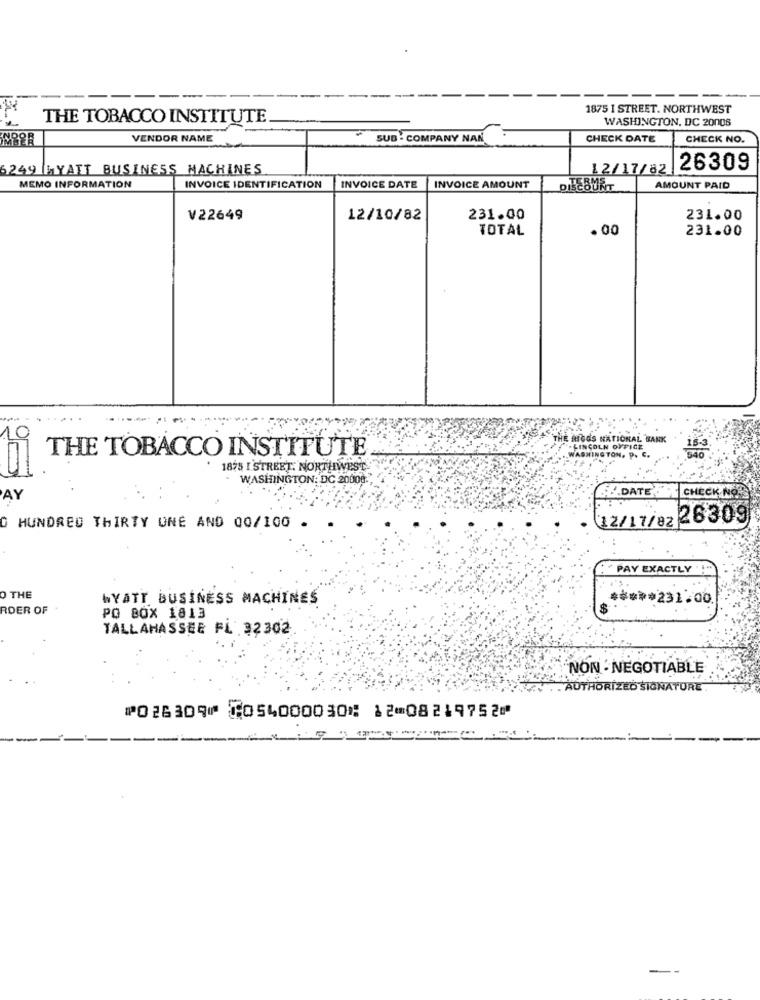
1875 I STREET. NORTHWEST
THE TOBACCO INSTITUTE
WASHINGTON, DC 20006
VENDOR NAME
SUB - COMPANY NAN
CHECK DATE
CHECK NO.
5249 WYATT BUSINESS MACHINES
12/17/82
|26309
MEMO INFORMATION
INVOICE IDENTIFICATION
INVOICE DATE
INVOICE AMOUNT
DiBEBURT
AMOUNT PAID
V22649
12/10/82
231.00
231.00
TOTAL
.00
231.00
NATIC
IN OFFICE
THE TOBACCO INSTITUTE
1875 I STREET. NORTHWEST
WASHINGTON: DC 20009.
AY
6.DATE CHECK NOR
12/17/82 26309
O HUNDRED THIRTY UNE AND 00/100
"PAY EXACTLY " !"
O THE
WYATT BUSINESS MACHINES
***** 231.00
ROER OF
PO BOX 1813
TALLAHASSEE FL 32302
NON · NEGOTIABLE
AUTHORIZED SIGNATURE
⑈026309⑈ ⑆054000030⑆ 12⑉08219752⑈
--